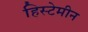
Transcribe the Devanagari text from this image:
हिस्टेमीन